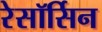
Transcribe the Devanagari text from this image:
रेसॉर्सिन